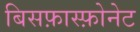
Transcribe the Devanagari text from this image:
बिसफ़ास्फ़ोनेट